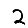
Digit: 2